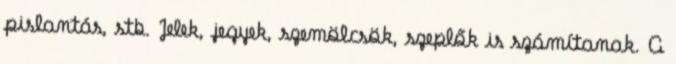
pislantás, stb. Jelek, jegyek, szemölcsök, szeplők is számítanak. A